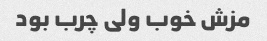
مزش خوب ولی چرب بود